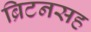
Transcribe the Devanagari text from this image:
ब्रिटनसह